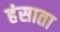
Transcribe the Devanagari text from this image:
हंसाता